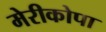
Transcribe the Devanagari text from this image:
मेरीकोपा